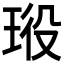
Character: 𤥞